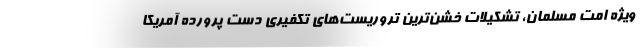
ویژه امت مسلمان، تشکیلات خشن‌ترین تروریست‌های تکفیری دست پرورده آمریکا